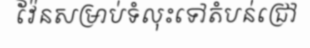
វ៉ែនសម្រាប់ទំលុះទៅតំបន់ជ្រៅ